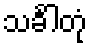
သင်္ခါတုံ